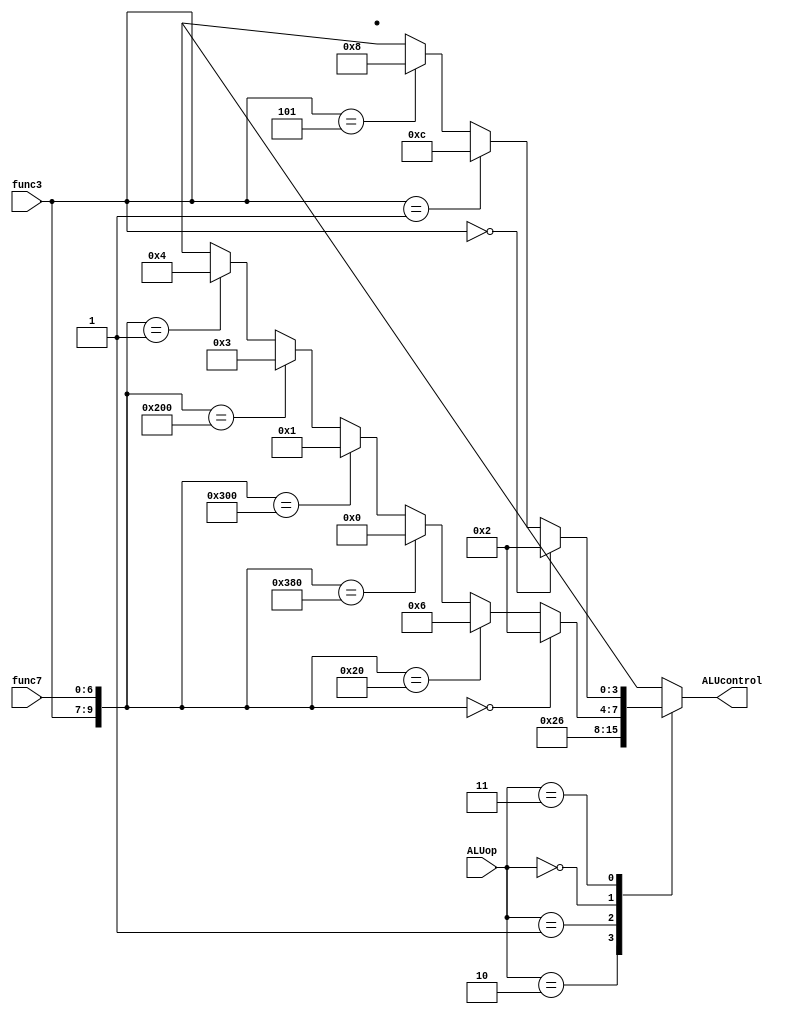
module ALU_control(
	input [1:0] ALUop,
	input [2:0] func3,
	input [6:0] func7,
	output reg [3:0] ALUcontrol
);
wire [9:0] func;

assign func = {func3,func7};



//reference for opcode and func
// add   0110011  000  0000000
// sub   0110011  000  0100000
// mul   0110011  000  0000001
// and   0110011  111  0000000
// or    0110011  110  0000000
// xor   0110011  100  0000000

// addi  0010011  000  
// srli  0010011  001  imme[5:11] = 0x00
// slli  0010011  101  imme[5:11] = 0x00

// lw    0000011  010
// sw    0100011  010

// beq   1100011  000
// bne   1100011  001
//// blt   1100011  100
//// bge   1100011  101

//// jal   1101111 



always @(ALUop,func,func3,func7) begin	
	ALUcontrol = 4'bxxxx;
	case (ALUop) 
		2'b10: begin  // sw lw add
			ALUcontrol = 4'b0010;
		end
		2'b01: begin  // branch minus
			ALUcontrol = 4'b0110;
		end
		2'b00: begin  // R-type instructions
			if (func == 10'b0000000000)begin
				ALUcontrol = 4'b0010;
			end
			else if (func == 10'b0000100000)begin 
				ALUcontrol = 4'b0110;
			end
			else if (func == 10'b1110000000)begin
				ALUcontrol = 4'b0000;
			end
			else if (func == 10'b1100000000)begin
				ALUcontrol = 4'b0001;
			end
			else if (func == 10'b1000000000)begin
				ALUcontrol = 4'b0011;
			end
			else if (func == 10'b0000000001)begin
				ALUcontrol = 4'b0100;
			end
		end
		2'b11: begin // I-Type instructions
			if (func3 == 3'b000) begin
				ALUcontrol = 4'b0010;
			end
			else if (func3 == 3'b001) begin
				ALUcontrol = 4'b1100;
			end
			else if (func3 == 3'b101) begin
				ALUcontrol = 4'b1000;
			end
		end
	endcase
end

endmodule